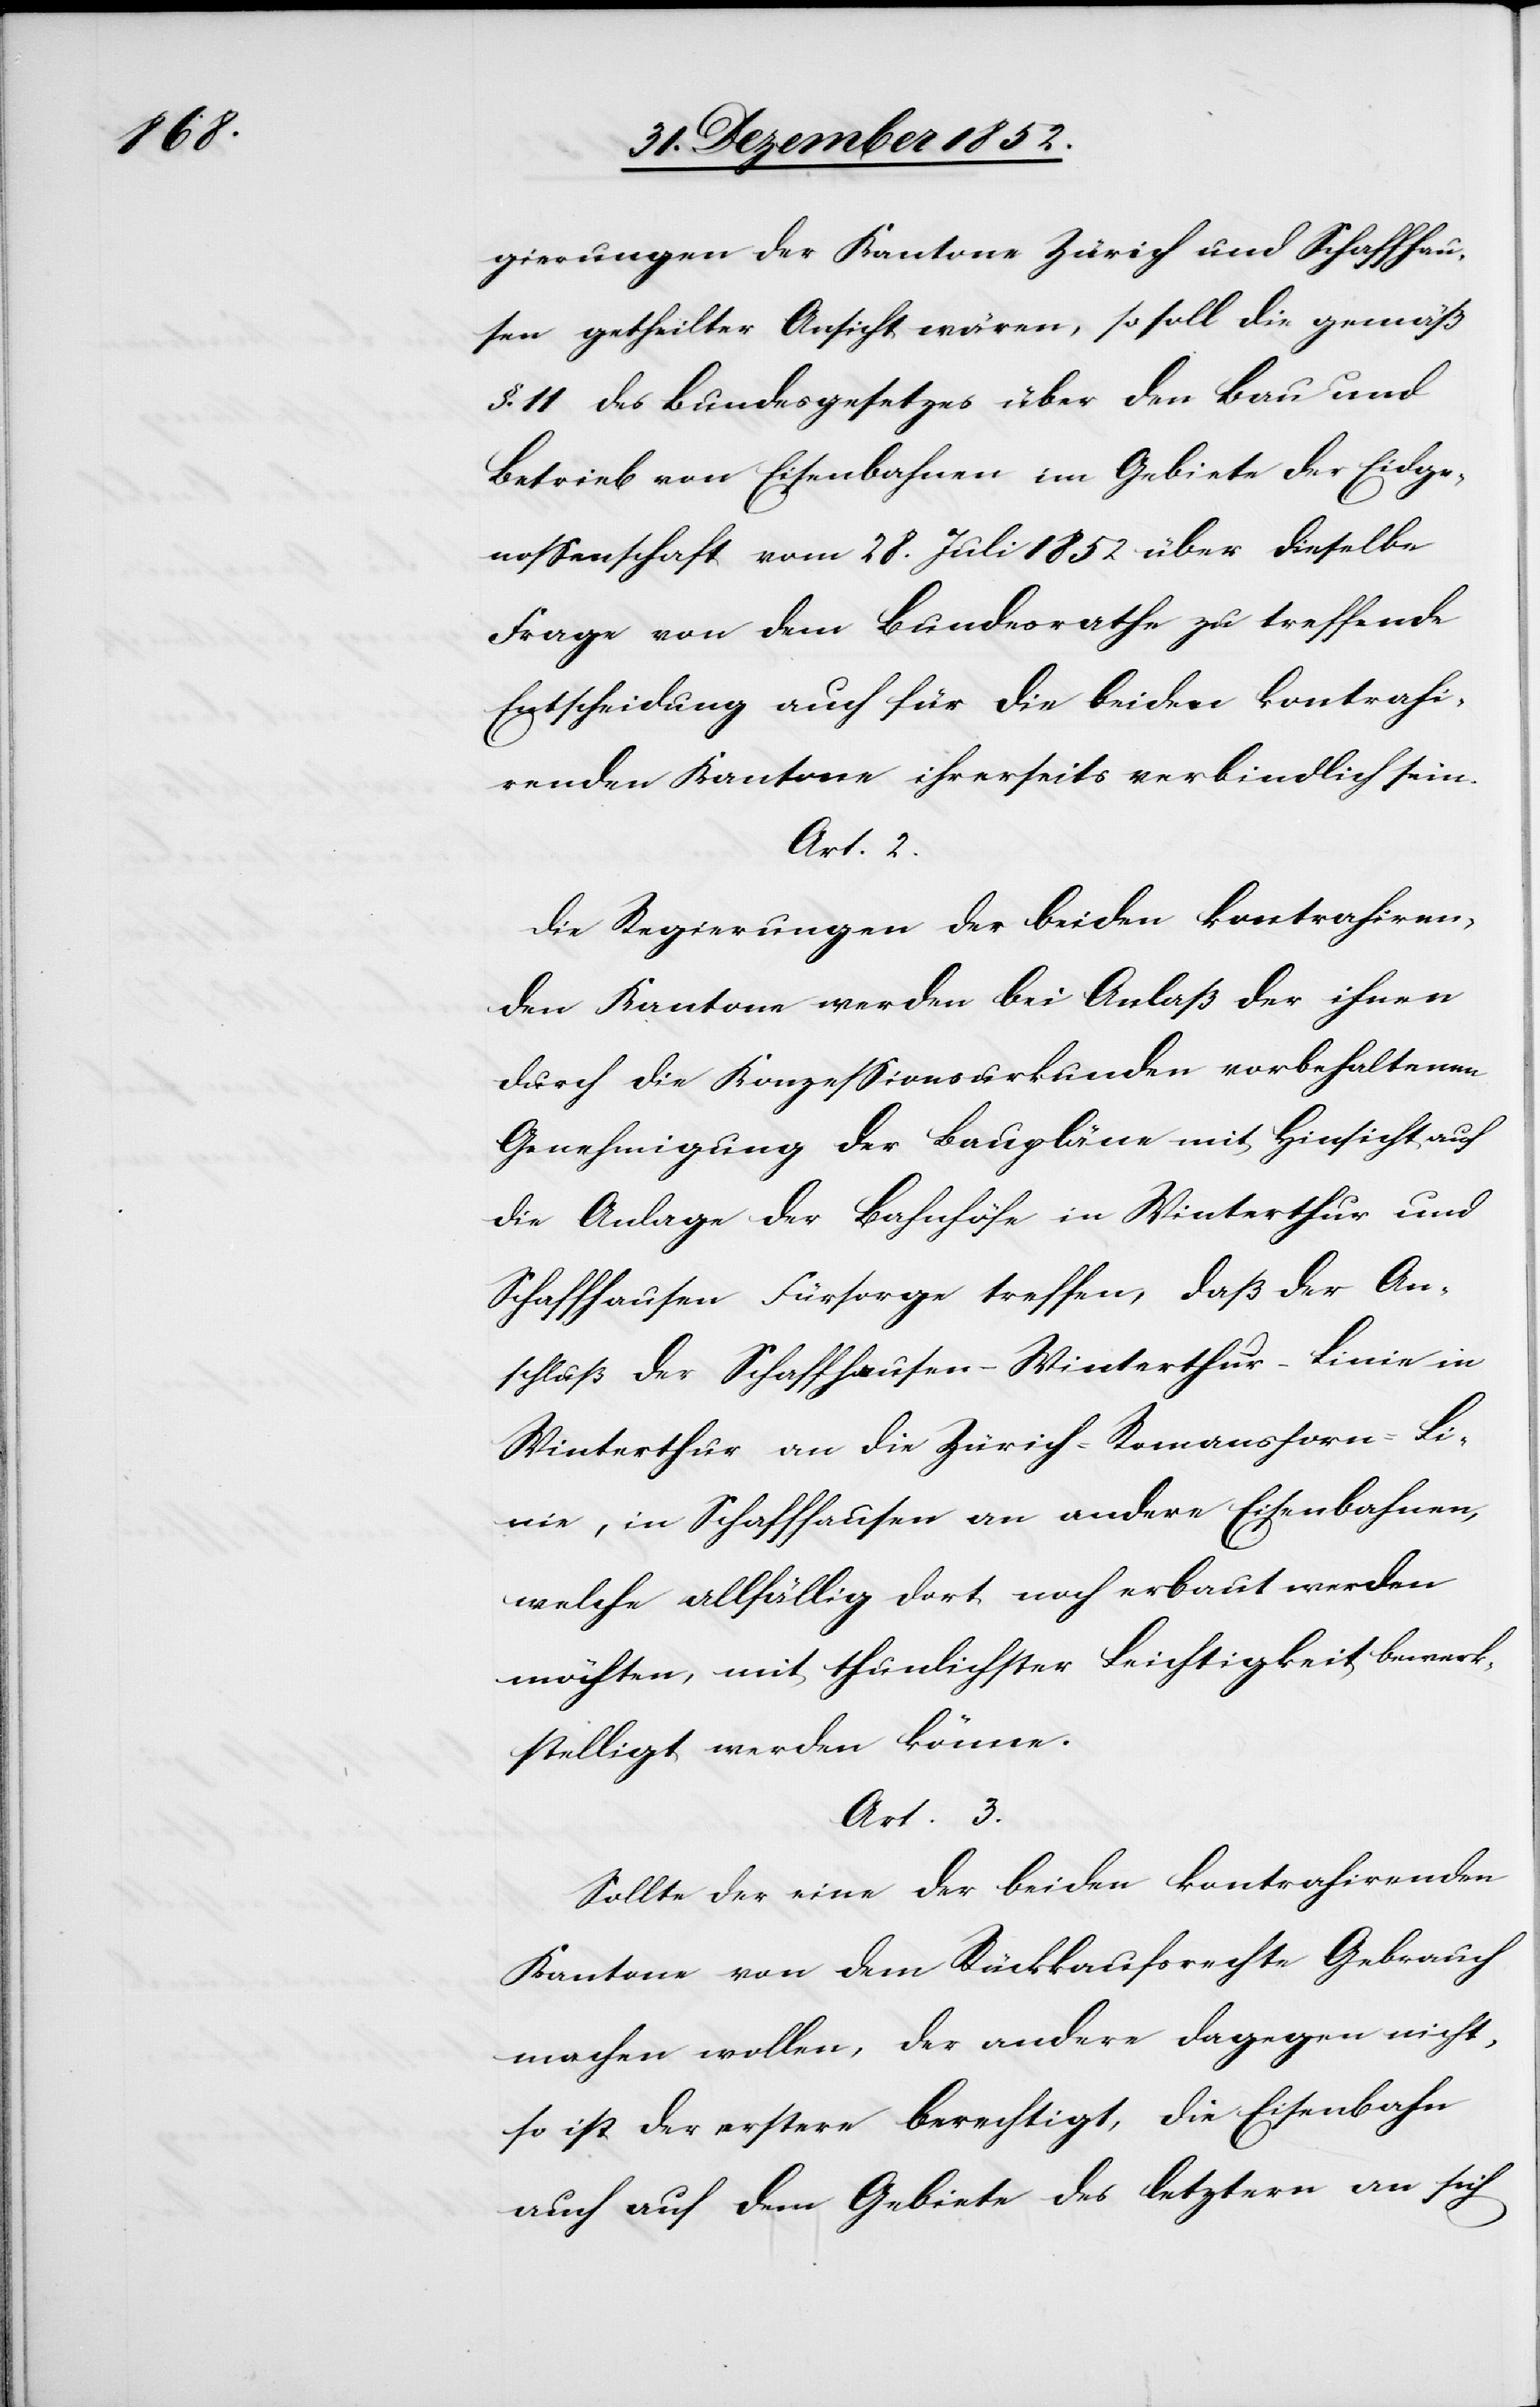
gierungen der Kantone Zürich und Schaffhau¬
sen getheilter Ansicht wären, so soll die gemäß
§. 11 des Bundesgesetzes über den Bau und
Betrieb von Eisenbahnen im Gebiete der Eidge¬
nossenschaft vom 28. Juli 1852 über dieselbe
Frage von dem Bundesrathe zu treffende
Entscheidung auch für die beiden kontrahi¬
renden Kantone ihrerseits verbindlich sein.
Art. 2.
Die Regierungen der beiden kontrahiren¬
den Kantone werden bei Anlaß der ihnen
durch die Konzessionsurkunden vorbehaltenen
Genehmigung der Baupläne mit Hinsicht auf
die Anlage der Bahnhöfe in Winterthur und
Schaffhausen Fürsorge treffen, daß der An¬
schluß der Schaffhausen-Winterthur-Linie in
Winterthur an die Zürich-Romanshorn-Li¬
nie, in Schaffhausen an andere Eisenbahnen,
welche allfällig dort noch erbaut werden
möchten, mit thunlichster Leichtigkeit bewerk¬
stelligt werden könne.
Art. 3.
Sollte der eine der beiden kontrahirenden
Kantone von dem Rückkaufsrechte Gebrauch
machen wollen, der andere dagegen nicht,
so ist der erstere berechtigt, die Eisenbahn
auch auf dem Gebiete des letztern an sich